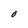
Character: O